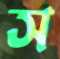
স